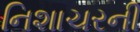
નિશાચરની